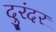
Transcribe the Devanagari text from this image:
दुरंदर